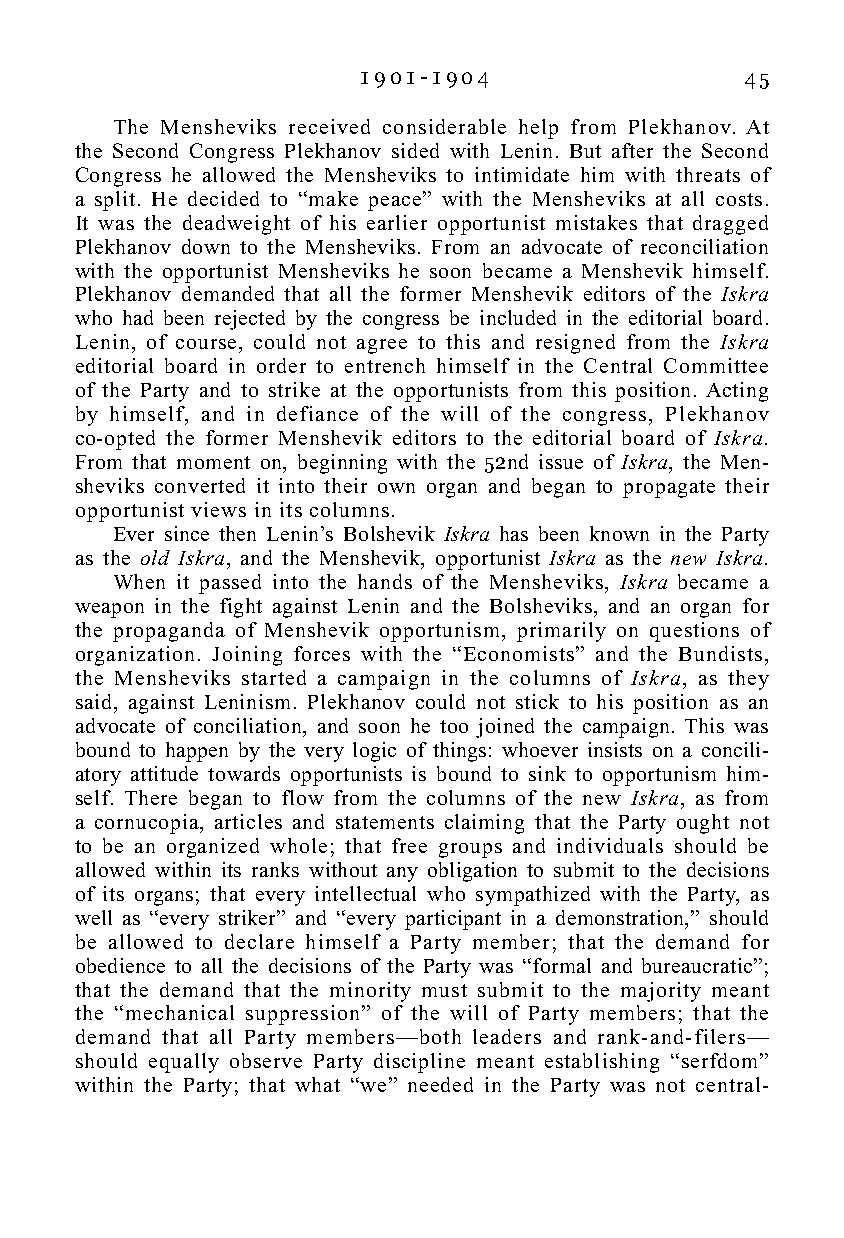
1 9 0 1 - 1 9 0 4        45
 The Mensheviks received considerable help from Plekhanov. At
 the Second Congress Plekhanov sided with Lenin. But after the Second
 Congress he allowed the Mensheviks to intimidate him with threats of
 a split. He decided to “make peace” with the Mensheviks at all costs.
 It was the deadweight of his earlier opportunist mistakes that dragged
 Plekhanov down to the Mensheviks. From an advocate of reconciliation
 with the opportunist Mensheviks he soon became a Menshevik himself.
 Plekhanov demanded that all the former Menshevik editors of the Iskra
 who had been rejected by the congress be included in the editorial board.
 Lenin, of course, could not agree to this and resigned from the Iskra
 editorial board in order to entrench himself in the Central Committee
 of the Party and to strike at the opportunists from this position. Acting
 by himself, and in defiance of the will of the congress, Plekhanov
 co-opted the former Menshevik editors to the editorial board of Iskra.
 From that moment on, beginning with the 52nd issue of Iskra, the Men-
 sheviks converted it into their own organ and began to propagate their
 opportunist views in its columns.
 Ever since then Lenin’s Bolshevik Iskra has been known in the Party
 as the old Iskra, and the Menshevik, opportunist Iskra as the new Iskra.
 When it passed into the hands of the Mensheviks, Iskra became a
 weapon in the fight against Lenin and the Bolsheviks, and an organ for
 the propaganda of Menshevik opportunism, primarily on questions of
 organization. Joining forces with the “Economists” and the Bundists,
 the Mensheviks started a campaign in the columns of Iskra, as they
 said, against Leninism. Plekhanov could not stick to his position as an
 advocate of conciliation, and soon he too joined the campaign. This was
 bound to happen by the very logic of things: whoever insists on a concili-
 atory attitude towards opportunists is bound to sink to opportunism him-
 self. There began to flow from the columns of the new Iskra, as from
 a cornucopia, articles and statements claiming that the Party ought not
 to be an organized whole; that free groups and individuals should be
 allowed within its ranks without any obligation to submit to the decisions
 of its organs; that every intellectual who sympathized with the Party, as
 well as “every striker” and “every participant in a demonstration,” should
 be allowed to declare himself a Party member; that the demand for
 obedience to all the decisions of the Party was “formal and bureaucratic”;
 that the demand that the minority must submit to the majority meant
 the “mechanical suppression” of the will of Party members; that the
 demand that all Party members—both leaders and rank-and-filers—
 should equally observe Party discipline meant establishing “serfdom”
 within the Party; that what “we” needed in the Party was not central-